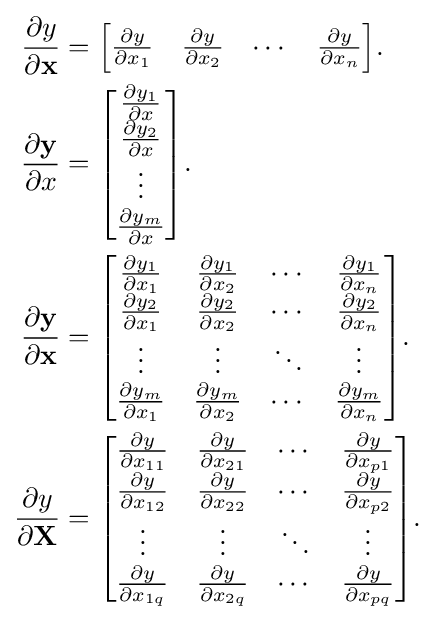
{\begin{aligned}{\frac {\partial y}{\partial \mathbf {x} }}&={\begin{bmatrix}{\frac {\partial y}{\partial x_{1}}}&{\frac {\partial y}{\partial x_{2}}}&\cdots &{\frac {\partial y}{\partial x_{n}}}\end{bmatrix}}.\\{\frac {\partial \mathbf {y} }{\partial x}}&={\begin{bmatrix}{\frac {\partial y_{1}}{\partial x}}\\{\frac {\partial y_{2}}{\partial x}}\\\vdots \\{\frac {\partial y_{m}}{\partial x}}\\\end{bmatrix}}.\\{\frac {\partial \mathbf {y} }{\partial \mathbf {x} }}&={\begin{bmatrix}{\frac {\partial y_{1}}{\partial x_{1}}}&{\frac {\partial y_{1}}{\partial x_{2}}}&\cdots &{\frac {\partial y_{1}}{\partial x_{n}}}\\{\frac {\partial y_{2}}{\partial x_{1}}}&{\frac {\partial y_{2}}{\partial x_{2}}}&\cdots &{\frac {\partial y_{2}}{\partial x_{n}}}\\\vdots &\vdots &\ddots &\vdots \\{\frac {\partial y_{m}}{\partial x_{1}}}&{\frac {\partial y_{m}}{\partial x_{2}}}&\cdots &{\frac {\partial y_{m}}{\partial x_{n}}}\\\end{bmatrix}}.\\{\frac {\partial y}{\partial \mathbf {X} }}&={\begin{bmatrix}{\frac {\partial y}{\partial x_{11}}}&{\frac {\partial y}{\partial x_{21}}}&\cdots &{\frac {\partial y}{\partial x_{p1}}}\\{\frac {\partial y}{\partial x_{12}}}&{\frac {\partial y}{\partial x_{22}}}&\cdots &{\frac {\partial y}{\partial x_{p2}}}\\\vdots &\vdots &\ddots &\vdots \\{\frac {\partial y}{\partial x_{1q}}}&{\frac {\partial y}{\partial x_{2q}}}&\cdots &{\frac {\partial y}{\partial x_{pq}}}\\\end{bmatrix}}.\end{aligned}}